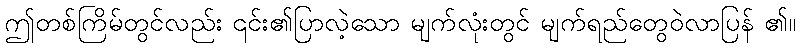
ဤတစ်ကြိမ်တွင်လည်း ၎င်း၏ပြာလဲ့သော မျက်လုံးတွင် မျက်ရည်တွေဝဲလာပြန် ၏။